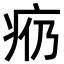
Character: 𪽩